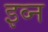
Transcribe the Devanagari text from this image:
इव्न